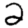
Digit: 2